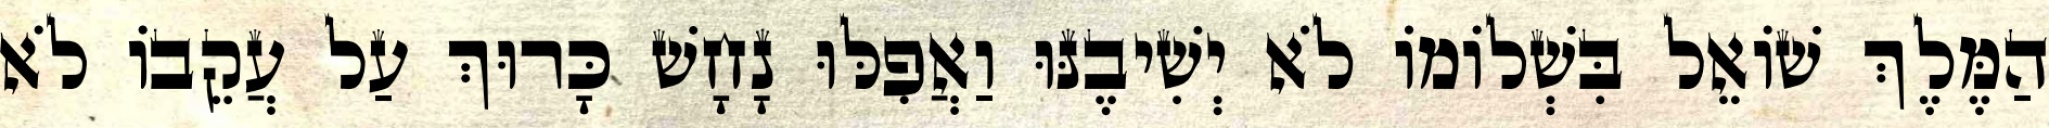
הַמֶּלֶךְ שׁוֹאֵל בִּשְׁלוֹמוֹ לֹא יְשִׁיבֶנּוּ וַאֲפִלּוּ נָחָשׁ כָּרוּךְ עַל עֲקֵבוֹ לֹא